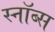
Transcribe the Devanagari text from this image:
स्नॉब्स